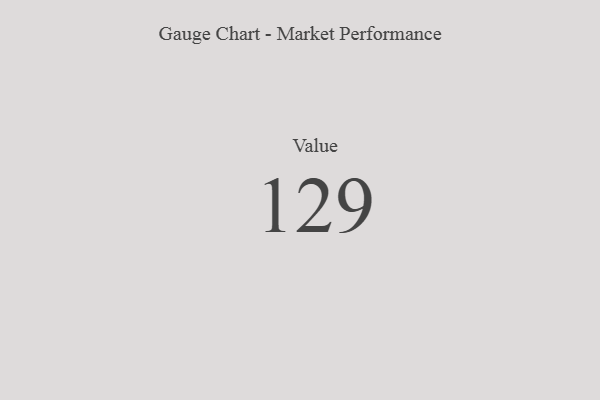
{"axis": {"x": "Metric", "y": "Value"}, "legend": [""], "data": [{"x": "Value", "y": 129, "type": ""}]}